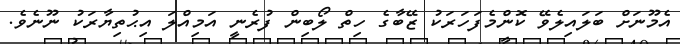
އެމޫނަށް ބަލައިލެވޭ ކޮންމެފަހަރަކު ޒޭބާގެ ހިތް ލޯބިން ފުރެނީ އަމިއްލަ އިޙުތިޔާރަކު ނޫނެވެ.